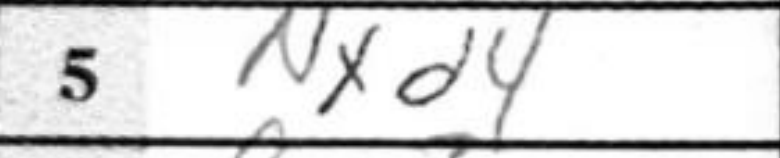
Transcription: Nxd4